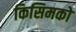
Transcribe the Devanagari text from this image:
किसिमको